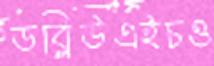
ডব্লিউএইচও